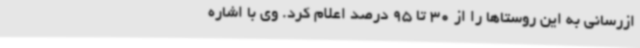
ازرسانی به این روستاها را از 30 تا 95 درصد اعلام کرد. وی با اشاره